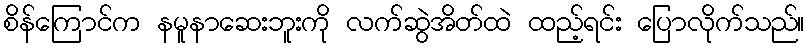
စိန်ကြောင်က နမူနာဆေးဘူးကို လက်ဆွဲအိတ်ထဲ ထည့်ရင်း ပြောလိုက်သည်။